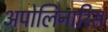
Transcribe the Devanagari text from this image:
अपोलिनारिस